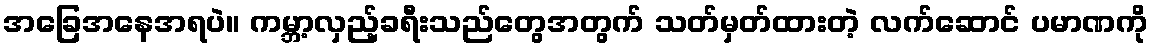
အခြေအနေအရပဲ။ ကမ္ဘာ့လှည့်ခရီးသည်တွေအတွက် သတ်မှတ်ထားတဲ့ လက်ဆောင် ပမာဏကို